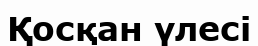
Қосқан үлесі